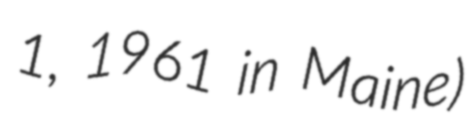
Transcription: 1, 1961 in Maine)